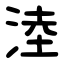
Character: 淕